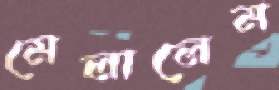
মেলালেম